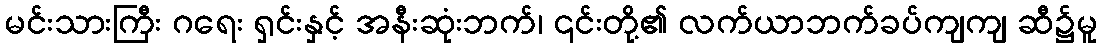
မင်းသားကြီး ဂရေး ရှင်းနှင့် အနီးဆုံးဘက်၊ ၎င်းတို့၏ လက်ယာဘက်ခပ်ကျကျ ဆီ၌မူ